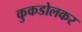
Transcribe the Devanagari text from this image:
कुकडोलकर